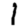
Digit: 1